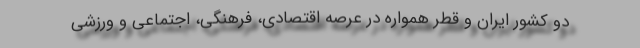
دو کشور ایران و قطر همواره در عرصه اقتصادی، فرهنگی، اجتماعی و ورزشی